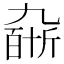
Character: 𠄆